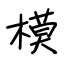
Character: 模